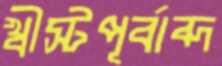
খ্রীস্টপূর্বাব্দ